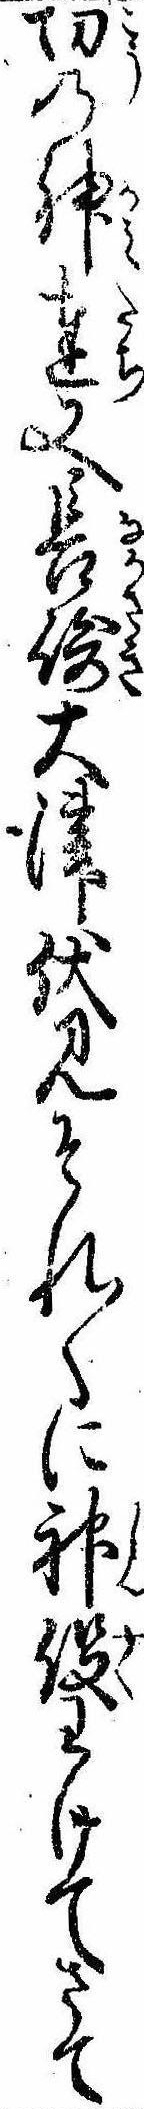
功の神達又長崎大津伏見それ〱に神役わけてさて